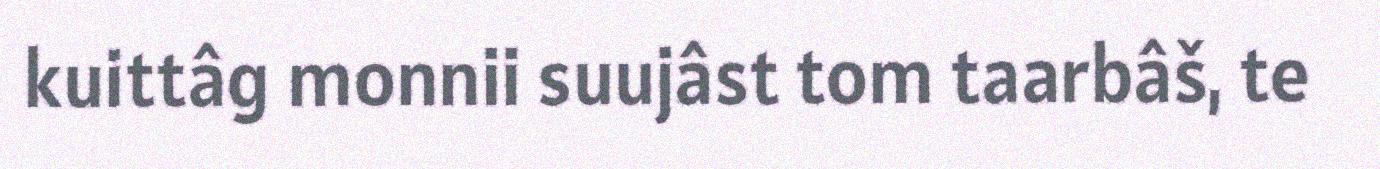
kuittâg monnii suujâst tom taarbâš, te